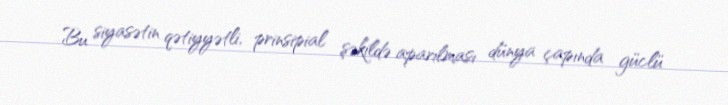
Bu siyasətin qətiyyətli, prinsipial şəkildə aparılması dünya çapında güclü